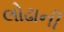
લોઢાની